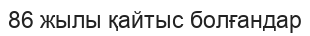
86 жылы қайтыс болғандар